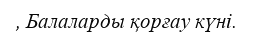
, Балаларды қорғау күні.